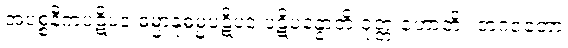
အပစ္စနီကပဋိပဒံ ဓမ္မာနုဓမ္မပဋိပဒံ ပဋိပန္နောတိ ဝုတ္တံ ဟောတိ။ ဘဂဝတော